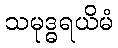
သမုဒ္ဓရယိမံ